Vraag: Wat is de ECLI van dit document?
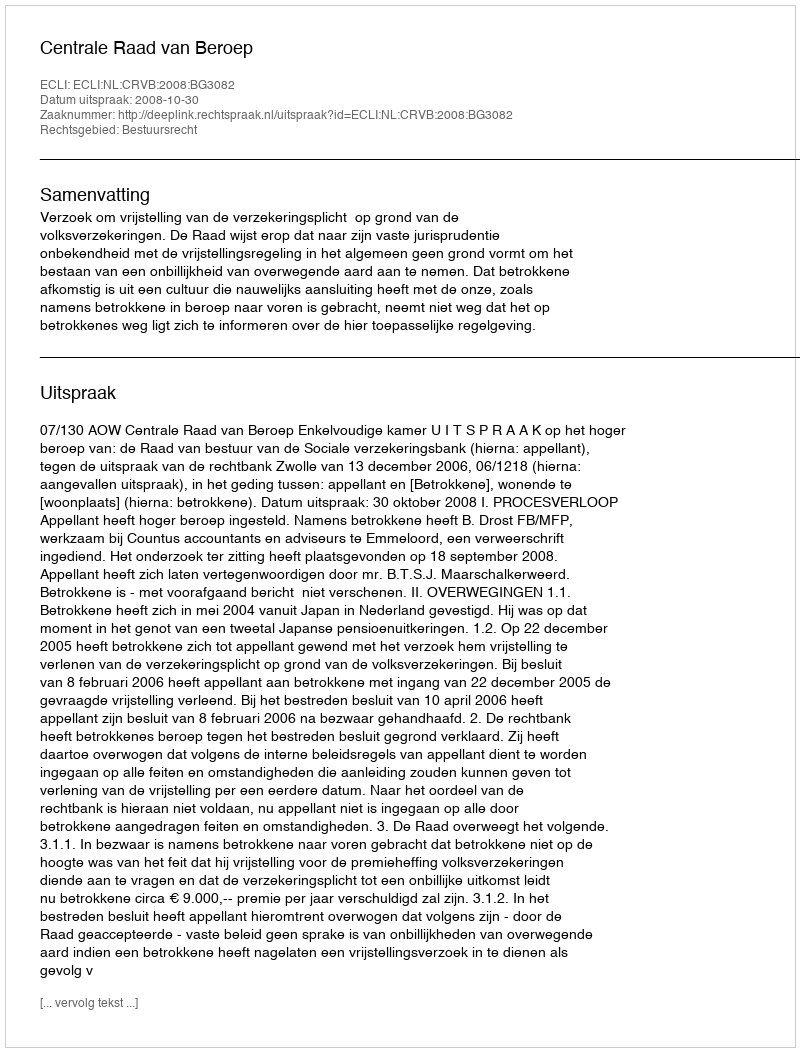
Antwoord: ECLI:NL:CRVB:2008:BG3082